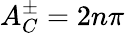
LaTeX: A_{C}^{\pm}=2n\pi